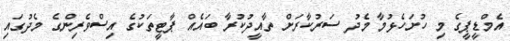
އެމްޑީޕީގެ މި ހުށަހެޅުމާ މެދު ސަރުކާރަށް ތާއީދުކުރާ ބައެއް ޕާޓީތަަކުގެ އިސްވެރިންގެ މެދުގައި